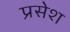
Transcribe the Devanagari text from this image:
प्रसेश